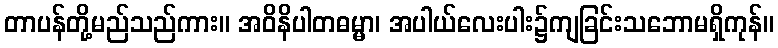
တာပန်တို့မည်သည်ကား။ အဝိနိပါတဓမ္မာ၊ အပါယ်လေးပါး၌ကျခြင်းသဘောမရှိကုန်။